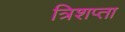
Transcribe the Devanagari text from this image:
त्रिशप्ता